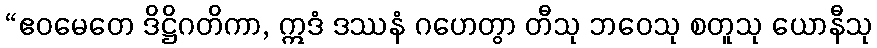
“ဧဝမေတေ ဒိဋ္ဌိဂတိကာ, ဣဒံ ဒဿနံ ဂဟေတွာ တီသု ဘဝေသု စတူသု ယောနီသု